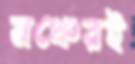
মঞ্চেরই